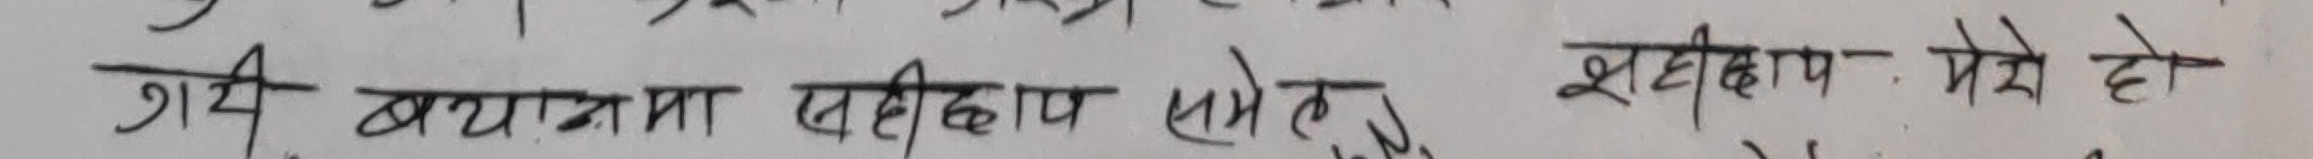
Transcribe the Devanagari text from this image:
गई व्याख्यामा सहीछाप समेत, शहीदका मेरो हो